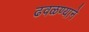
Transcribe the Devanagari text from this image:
ढवळण्याने